Note on elephants in Burma, with a description of their equipment
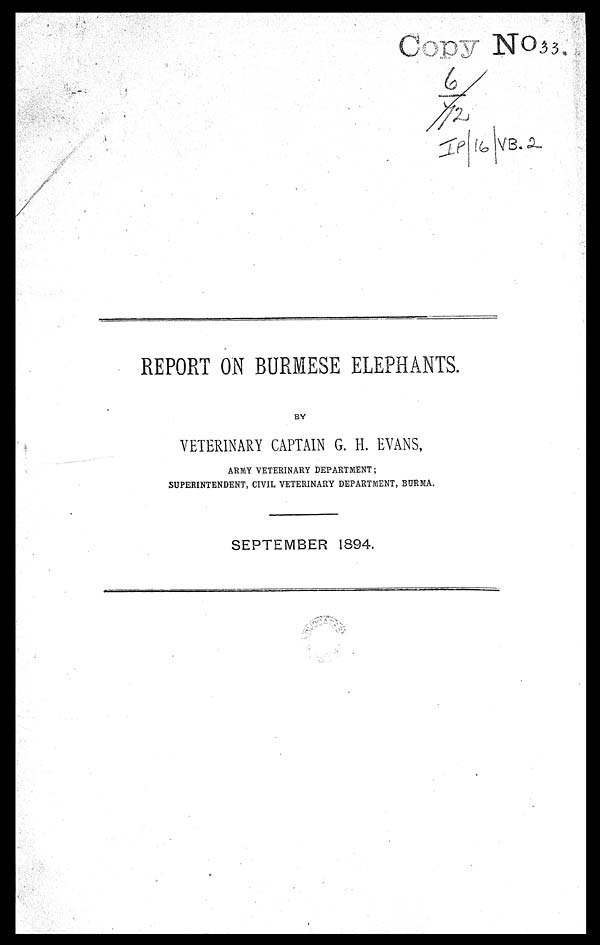
REPORT ON BURMESE ELEPHANTS.
BY
VETERINARY CAPTAIN G. H. EVANS,
ARMY VETERINARY DEPARTMENT;
SUPERINTENDENT, CIVIL VETERINARY DEPARTMENT, BURMA.
SEPTEMBER 1894.